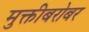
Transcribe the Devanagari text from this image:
मुक्तीबरोबर